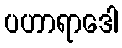
ပဟာရာဒေါ